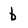
Character: b